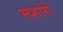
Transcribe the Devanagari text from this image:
मशारो